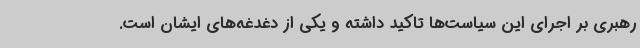
رهبری بر اجرای این سیاست‌ها تاکید داشته و یکی از دغدغه‌های ایشان است.